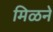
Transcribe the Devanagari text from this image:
मिळने